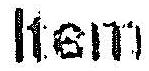
ITEM